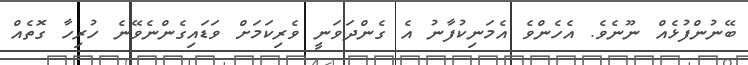
ބޭނުންފުޅެއް ނޫނެވެ. އެހެންވެ އެމަނިކުފާނު އެ ގެންދަވަނީ ވެރިކަމަށް ވަޑައިގެންނެވޭނެ ހުރިހާ ގޮތެއް